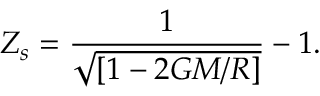
Z _ { s } = { \frac { 1 } { \sqrt { [ 1 - 2 G M / R ] } } } - 1 .